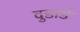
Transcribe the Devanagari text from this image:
वुडार्ड